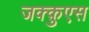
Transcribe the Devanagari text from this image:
जक्क़ुएस